Distribution and causation of leprosy in British India
Year: 1875
Disease focus: Leprosy
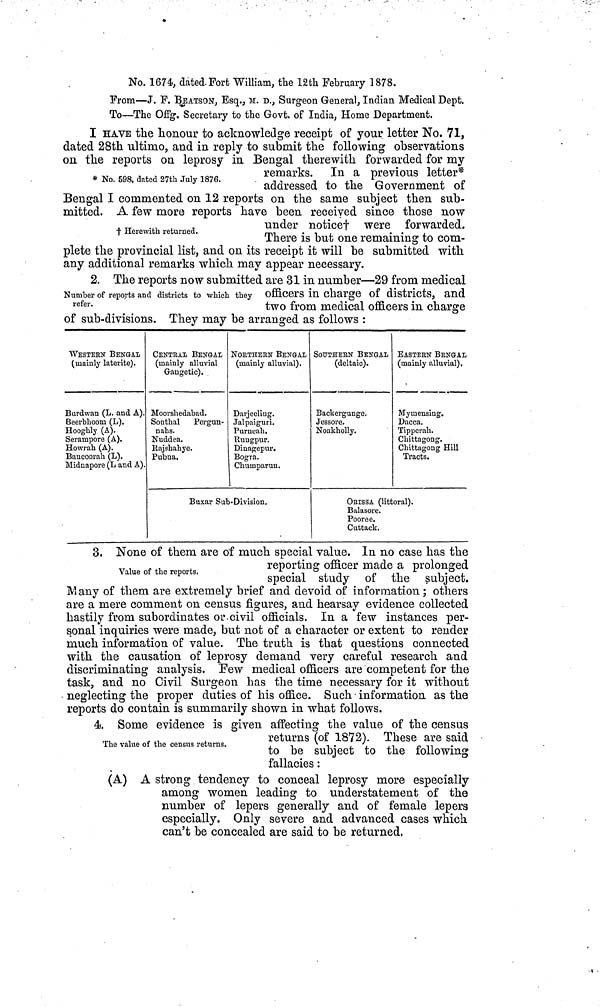
No. 1674, dated. Fort William, the 12th February 1878.
From—J. F. BEATSON, Esq., M. D., Surgeon General, Indian Medical Dept.
To—The Offg. Secretary to the Govt. of India, Home Department.
* No. 598, dated 27th July 1876.
I HAVE the honour to acknowledge receipt of your letter No. 71,
dated 28th ultimo, and in reply to submit the following observations
on the reports on leprosy in Bengal therewith forwarded for my
remarks. In a previous letter*
addressed to the Government of
Bengal I commented on 12 reports on the same subject then sub-
mitted. A few more reports have been received since those now
† Herewith returned.
under notice† were forwarded.
There is but one remaining to com-
plete the provincial list, and on its receipt it will be submitted with
any additional remarks which may appear necessary.
Number of reports and districts to which they
refer.
2. The reports now submitted are 31 in number—29 from medical
officers m charge or districts, and
two from medical officers in charge
of sub-divisions. They may be arranged as follows :
WESTERN BENGAL
(mainly laterite).
Burdwan (L. and A).
Beerbhoom (L).
Hooghly (A).
Serampore (A).
Howrah (A).
Baucoorah (L).
Midnapore (L and A).
CENTRAI BENGAL·
(mainly alluvial
Gauge tic).
Moorshedabad.
Southal
Pergun-
nahs.
Nuddea.
Rajshahye.
Pubna.
NORTHERN BENGAL
(mainly alluvial).
Darjeeling.
Jalpaiguri.
Purneah.
Rungpur.
Dinagepur.
Bogra.
Chumparun.
Buxar Sub-Division.
SOUTHERN BENGAL
(deltaic).
Backergunge.
Jessore.
Noakholly.
EASTERN BRNGAL
(mainly alluvial).
Mymensing.
Dacca,
Tipperah.
Chittagong.
Chittagong Hill
Tracts.
ORISSA (littoral).
Balasore.
Poor e e.
Cuttack.
Value of the reports.
3. None of them are of much special value. In no case has the
reporting officer made a prolonged
special study of the subject.
Many of them are extremely brief and devoid of information ; others
are a mere comment on census figures, and hearsay evidence collected
hastily from subordinates or civil officials. In a few instances per-
sonal inquiries were made, but not of a character or extent to render
much information of value. The truth is that questions connected
with the causation of leprosy demand very careful research and
discriminating analysis. Few medical officers are competent for the
task, and no Civil Surgeon has the time necessary for it without
neglecting the proper duties of his office. Such information as the
reports do contain is summarily shown in what follows.
The value of the census returns.
4s. Some evidence is given affecting the value of the census
returns (of 1872). These are said
to be subject to the following
fallacies :
(A) A strong tendency to conceal leprosy more especially
among women leading to understatement of the
number of lepers generally and of female lepers
especially. Only severe and advanced cases which
can't be concealed are said to be returned.